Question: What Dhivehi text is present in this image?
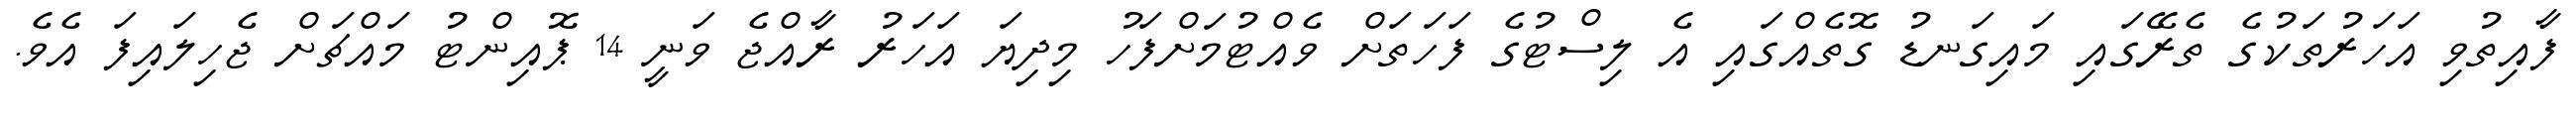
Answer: ފާއިތުވި އަހަރުތަކުގެ ތެރޭގައި މައިގަނޑު ގޮތެއްގައި އެ ލިސްޓުގެ ފަހަތަށް ވެއްޓުމަށްފަހު މިދިޔަ އަހަރު ރާއްޖެ ވަނީ 14 ޕޮއިންޓު މައްޗަށް ޖެހިލައިފަ އެވެ.